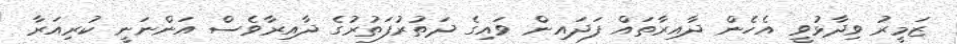
ޒަމީރު ވިދާޅުވީ އެހެން ދާއިރާތައް ފަދައިން ވައިގެ ދަތުރުފަތުރުގެ ދާއިރާވެސް އަންނަނީ ކުރިއަރާ